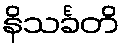
နိသင်္ခတိ